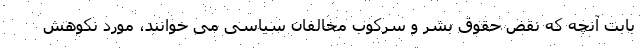
بابت آنچه که نقض حقوق بشر و سرکوب مخالفان سیاسی می خوانند، مورد نکوهش